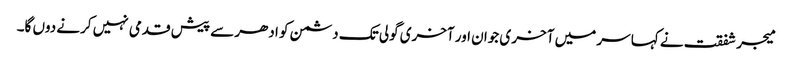
میجر شفقت نے کہا سر میں آخر ی جوان اور آخری گولی تک دشمن کو ادھر سے پیش قدمی نہیں کرنے دوں گا۔